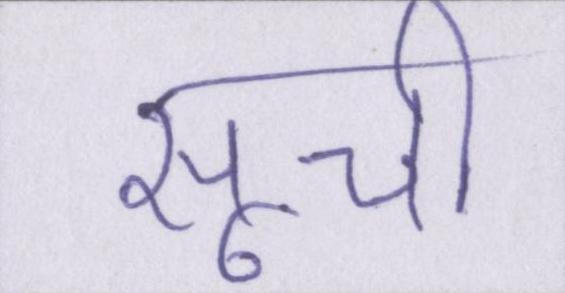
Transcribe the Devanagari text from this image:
सूची